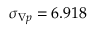
\sigma _ { \nabla p } = 6 . 9 1 8